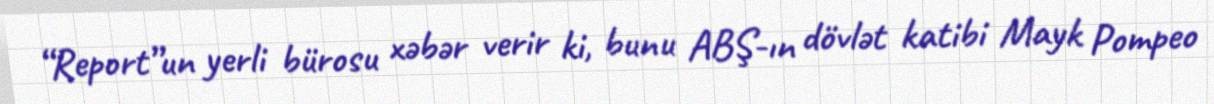
“Report”un yerli bürosu xəbər verir ki, bunu ABŞ-ın dövlət katibi Mayk Pompeo